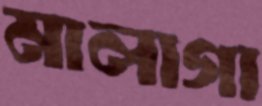
মালাগা